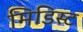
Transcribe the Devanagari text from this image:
मिडिस्ट